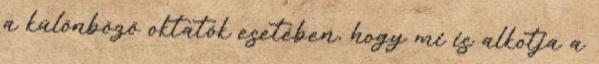
a különböző oktatók esetében, hogy mi is alkotja a